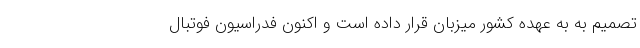
تصمیم به به عهده کشور میزبان قرار داده است و اکنون فدراسیون فوتبال